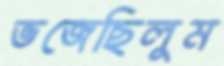
ভজেছিলুম